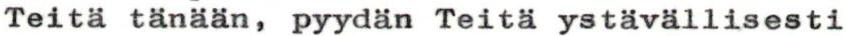
Teitä tänään, pyydän Teitä ystävällisesti